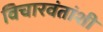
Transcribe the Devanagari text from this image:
विचारवंतांशी